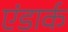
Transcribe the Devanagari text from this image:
एंडार्क